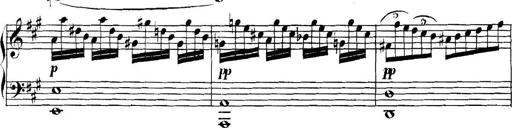
Title: Collected Piano Sonatas
Composer: Muzio Clementi